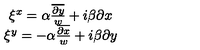
\begin{array} { c } { \xi ^ { x } = \alpha \frac { \overline { { \partial y } } } { w } + i \beta \partial x } \\ { \xi ^ { y } = - \alpha \frac { \overline { { \partial x } } } { w } + i \beta \partial y } \\ \end{array}